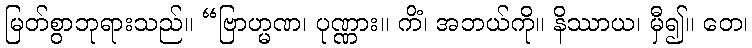
မြတ်စွာဘုရားသည်။ “ဗြာဟ္မဏ၊ ပုဏ္ဏား။ ကိံ၊ အဘယ်ကို။ နိဿာယ၊ မှီ၍။ တေ၊